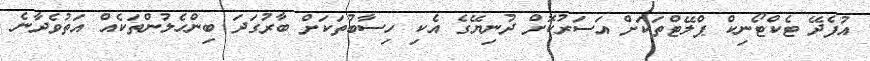
އުފެދޭ ޓެކްޓޯނިކް ޕްލޭޓްތަކަށް އަސަރުކޮށް ދުނިޔޭގެ އެކި ހިސާބުތަކަށް ބާރުގަދަ ބިންހެލުންތަކެއް އަތުވެދާނެ